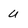
Character: u